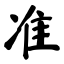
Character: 准